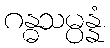
ဂန္ဓသမ္ပန္နံ